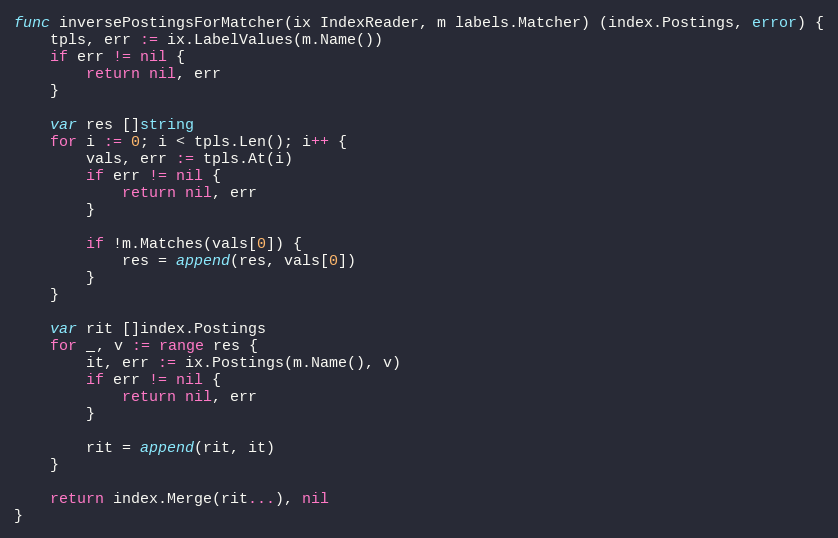
Language: Go
func inversePostingsForMatcher(ix IndexReader, m labels.Matcher) (index.Postings, error) {
	tpls, err := ix.LabelValues(m.Name())
	if err != nil {
		return nil, err
	}

	var res []string
	for i := 0; i < tpls.Len(); i++ {
		vals, err := tpls.At(i)
		if err != nil {
			return nil, err
		}

		if !m.Matches(vals[0]) {
			res = append(res, vals[0])
		}
	}

	var rit []index.Postings
	for _, v := range res {
		it, err := ix.Postings(m.Name(), v)
		if err != nil {
			return nil, err
		}

		rit = append(rit, it)
	}

	return index.Merge(rit...), nil
}